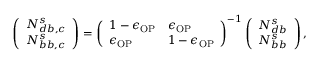
\left( \begin{array} { l } { N _ { d b , c } ^ { s } } \\ { N _ { b b , c } ^ { s } } \end{array} \right) = \left( \begin{array} { l l } { 1 - \epsilon _ { \mathrm { O P } } } & { \epsilon _ { \mathrm { O P } } } \\ { \epsilon _ { \mathrm { O P } } } & { 1 - \epsilon _ { \mathrm { O P } } } \end{array} \right) ^ { - 1 } \left( \begin{array} { l } { N _ { d b } ^ { s } } \\ { N _ { b b } ^ { s } } \end{array} \right) ,